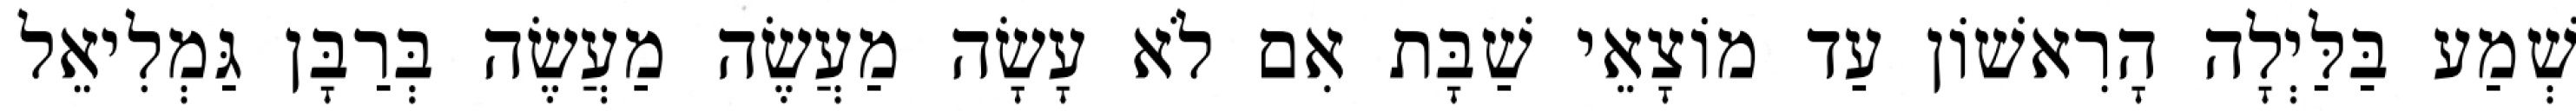
שְׁמַע בַּלַּיְלָה הָרִאשׁוֹן עַד מוֹצָאֵי שַׁבָּת אִם לֹא עָשָׂה מַעֲשֶׂה מַעֲשֶׂה בְּרַבָּן גַּמְלִיאֵל